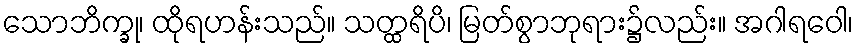
သောဘိက္ခု၊ ထိုရဟန်းသည်။ သတ္ထရိပိ၊ မြတ်စွာဘုရား၌လည်း။ အဂါရဝေါ၊